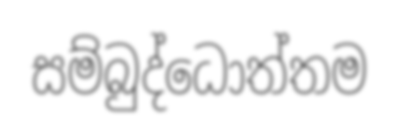
සම්බුද්ධොත්තම